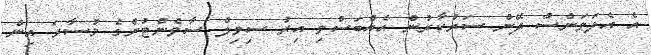
އެ އެލަވަންސް ދޭން ސަރުކާރުން އެއްބަސްވި އިރު ސިވިލް ސާވެންޓުންގެ މުސާރަ އިން